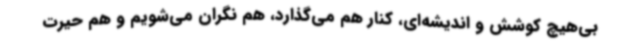
بی‌هیچ کوشش و اندیشه‌ای، کنار هم می‌گذارد، هم نگران می‌شویم و هم حیرت